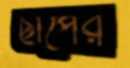
ছাপের